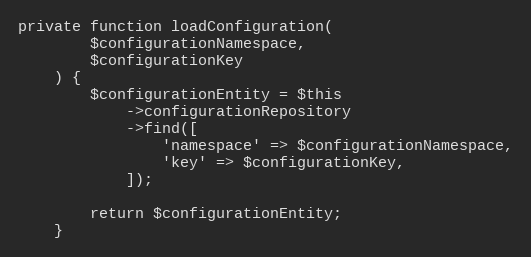
Language: PHP
private function loadConfiguration(
        $configurationNamespace,
        $configurationKey
    ) {
        $configurationEntity = $this
            ->configurationRepository
            ->find([
                'namespace' => $configurationNamespace,
                'key' => $configurationKey,
            ]);

        return $configurationEntity;
    }